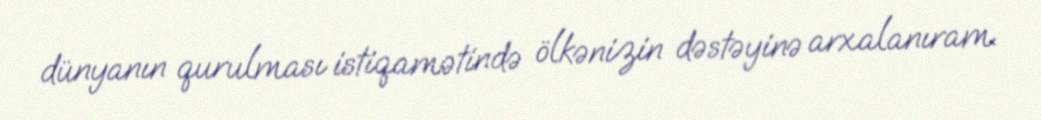
dünyanın qurulması istiqamətində ölkənizin dəstəyinə arxalanıram.